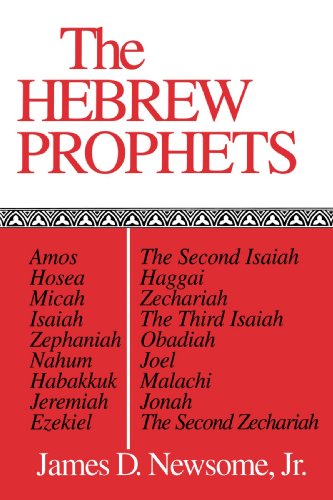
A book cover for The Hebrew Prophets; James D. Newsome Jr.; Christian Books & Bibles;